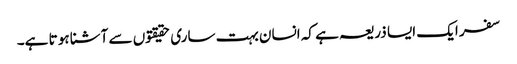
سفر ایک ایسا ذریعہ ہے کہ انسان بہت ساری حقیقتوں سے آشنا ہو تا ہے۔